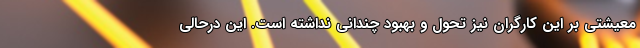
معیشتی بر این کارگران نیز تحول و بهبود چندانی نداشته است. این درحالی